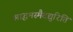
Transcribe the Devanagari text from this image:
श्राद्धमस्मैदद्युरिति